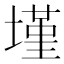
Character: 墐